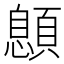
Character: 𩔨